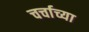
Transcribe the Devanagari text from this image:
चर्चाच्या